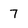
Character: 7